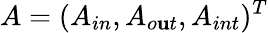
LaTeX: A=(A_{in},A_{o\mathbf{u}t},A_{int})^{T}